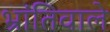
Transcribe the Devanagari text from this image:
भ्रांतिवाले